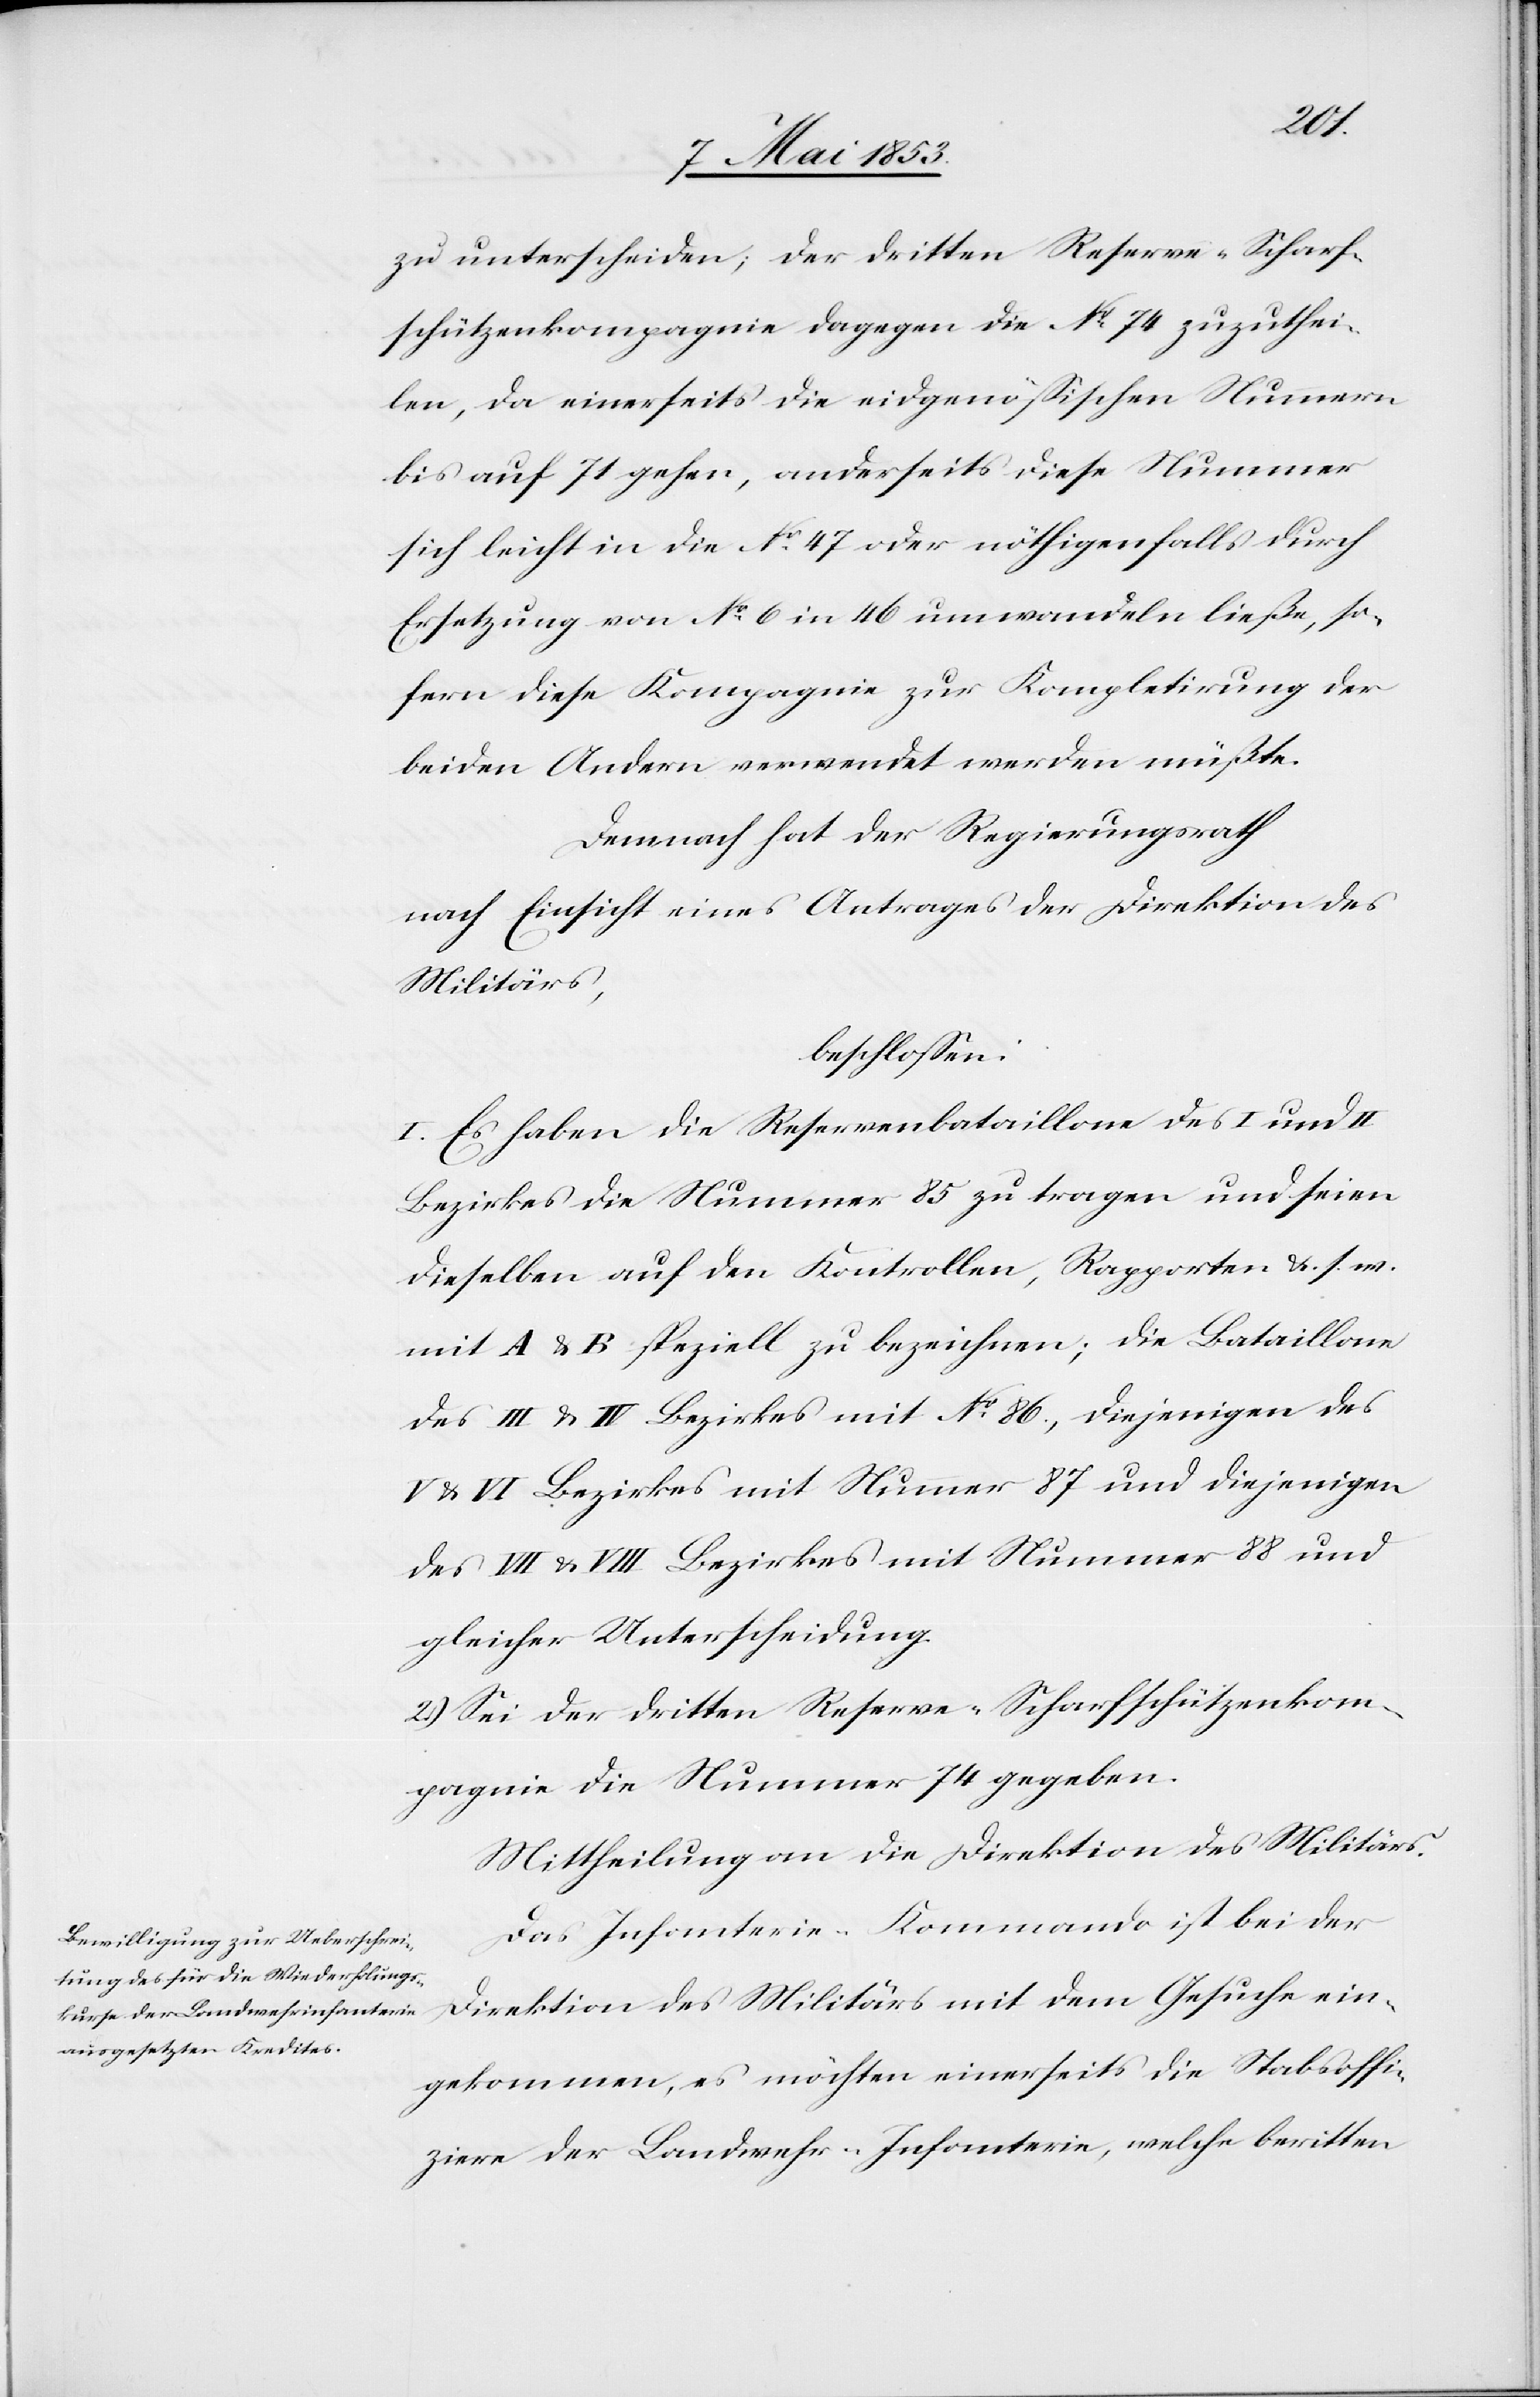
zu unterscheiden; der dritten Reserve-Scharf¬
schützenkompagnie dagegen die N°. 74 zuzuthei¬
len, da einerseits die eidgenößischen Nummern
bis auf 71 gehen, anderseits diese Nummer
sich leicht in der N°. 47 oder nöthigenfalls durch
Ersetzung von N°. 6 in 46 umwandeln ließe, so¬
fern diese Kompagnie zur Kompletirung der
beiden Andern verwendet werden müßte.
Demnach hat der Regierungsrath
nach Einsicht eines Antrages der Direktion des
Militärs,
beschloßen:
I. Es haben die Reservebataillone des I und
Bezirkes die Nummer 85 zu tragen und seien
dieselben auf den Kontrollen, Rapporten u. s. w.
mit A u. B speziell zu bezeichnen; die Bataillone
des III u. IV. Bezirkes mit N°. 86, diejenigen des
V. u. VI. Bezirkes mit Nummer 87 und diejenigen
des VII u. VIII Bezirkes mit Nummer 88 und
gleicher Unterscheidung.
2) Sei der dritten Reserve-Scharfschützenkom¬
pagnie die Nummer 74 gegeben.
Das Infanterie-Kommando ist bei der
Direktion des Militärs mit dem Gesuche ein¬
gekommen, es möchten einerseits die Stabsoffi¬
ziere der Landwehr-Infanterie, welche beritten